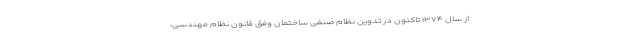
از سال ۱۳۷۴ تاکنون در تدوین نظام صنفی ساختمان وفق قانون نظام مهندسی،